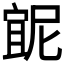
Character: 𭔇